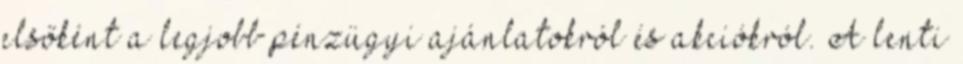
elsőként a legjobb pénzügyi ajánlatokról és akciókról. A lenti